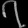
Digit: ၇